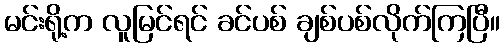
မင်းရို့က လူမြင်ရင် ခင်ပစ် ချစ်ပစ်လိုက်ကြပြီ။